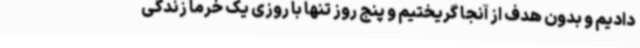
دادیم و بدون هدف از آنجا گریختیم و پنج روز تنها با روزی یک خرما زندگی